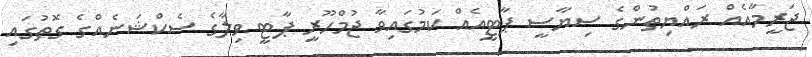
ޖަރީމާއެއް ރައްޔިތުންގެ ސިޔާސީ ޕާޓީއެއް ކަމުގައިވާ ޖުމްހޫރީ ޕާޓީ ވިލާގެ ސެކްޝަނެއްގެ ގޮތުގައި